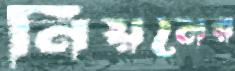
নিয়মের